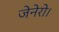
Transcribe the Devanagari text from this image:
जेनेरो।